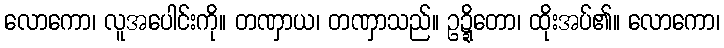
လောကော၊ လူအပေါင်းကို။ တဏှာယ၊ တဏှာသည်။ ဥဍ္ဍိတော၊ ထိုးအပ်၏။ လောကော၊